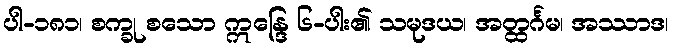
ပါ-၁၈၁၊ စက္ခု စသော ဣန္ဒြေ ၆-ပါး၏ သမုဒယ၊ အတ္ထင်္ဂမ၊ အဿာဒ၊